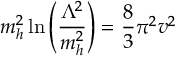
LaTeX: m _ { h } ^ { 2 } \ln \left( \frac { \Lambda ^ { 2 } } { m _ { h } ^ { 2 } } \right) = \frac { 8 } { 3 } \pi ^ { 2 } v ^ { 2 }